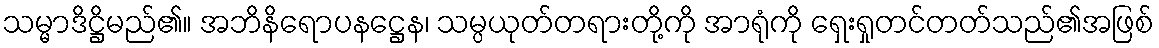
သမ္မာဒိဋ္ဌိမည်၏။ အဘိနိရောပနဋ္ဌေန၊ သမ္ပယုတ်တရားတို့ကို အာရုံကို ရှေးရှုတင်တတ်သည်၏အဖြစ်